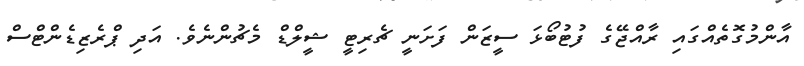
އާންމުގޮތެެއްގައި ރާއްޖޭގެ ފުޓުބޯޅަ ސީޒަން ފަށަނީ ޗެރިޓީ ޝީލްޑް މެޗުންނެވެ. އަދި ޕްރެޒިޑެންޓްސް